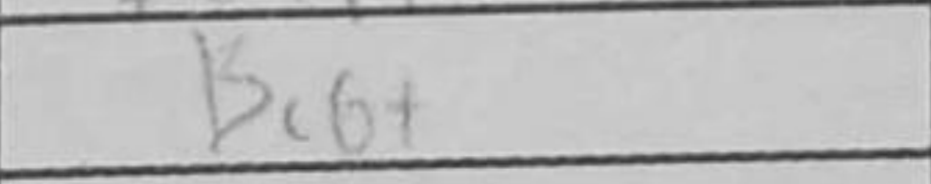
Transcription: Bc6+